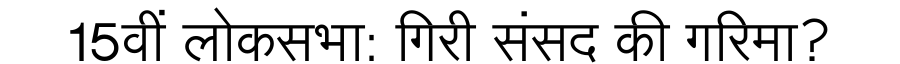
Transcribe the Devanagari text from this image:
15वीं लोकसभा: गिरी संसद की गरिमा?